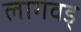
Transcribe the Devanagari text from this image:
लागवड्